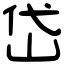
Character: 岱